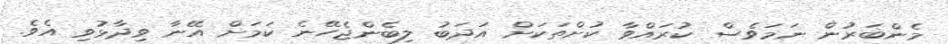
މެންބަރުން ނަމަވެސް ކުރައްވާ ކުށްތަކަށް އަދަބު ލިބެންޖެހޭނެ ކަމަށް އޭނާ ވިދާޅުވި އެވެ.